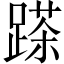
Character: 𨃓